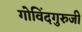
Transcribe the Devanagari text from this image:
गोविंदगुरुजी